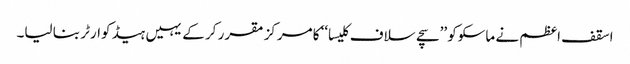
اسقف اعظم نے ماسکوکو ’’سچے سلاف کلیسا‘‘ کا مرکز مقرر کر کے یہیں ہیڈ کوارٹر بنا لیا۔